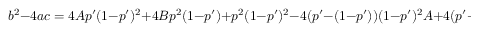
b ^ { 2 } - 4 a c = 4 A p ^ { \prime } ( 1 - p ^ { \prime } ) ^ { 2 } + 4 B p ^ { 2 } ( 1 - p ^ { \prime } ) + p ^ { 2 } ( 1 - p ^ { \prime } ) ^ { 2 } - 4 ( p ^ { \prime } - ( 1 - p ^ { \prime } ) ) ( 1 - p ^ { \prime } ) ^ { 2 } A + 4 ( p ^ { \prime } - ( 1 - p ^ { \prime } ) ) p ^ { 2 } B